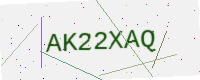
Text: AK22XAQ